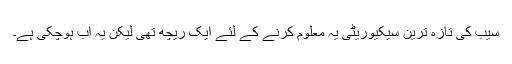
سیب کی تازہ ترین سیکیوریٹی یہ معلوم کرنے کے لئے ایک ریچھ تھی لیکن یہ اب ہوچکی ہے۔